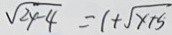
\sqrt { 2 4 - 4 } = 1 + \sqrt { x + 5 }